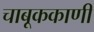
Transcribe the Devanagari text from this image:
चाबूककाणी